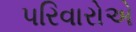
પરિવારોએ